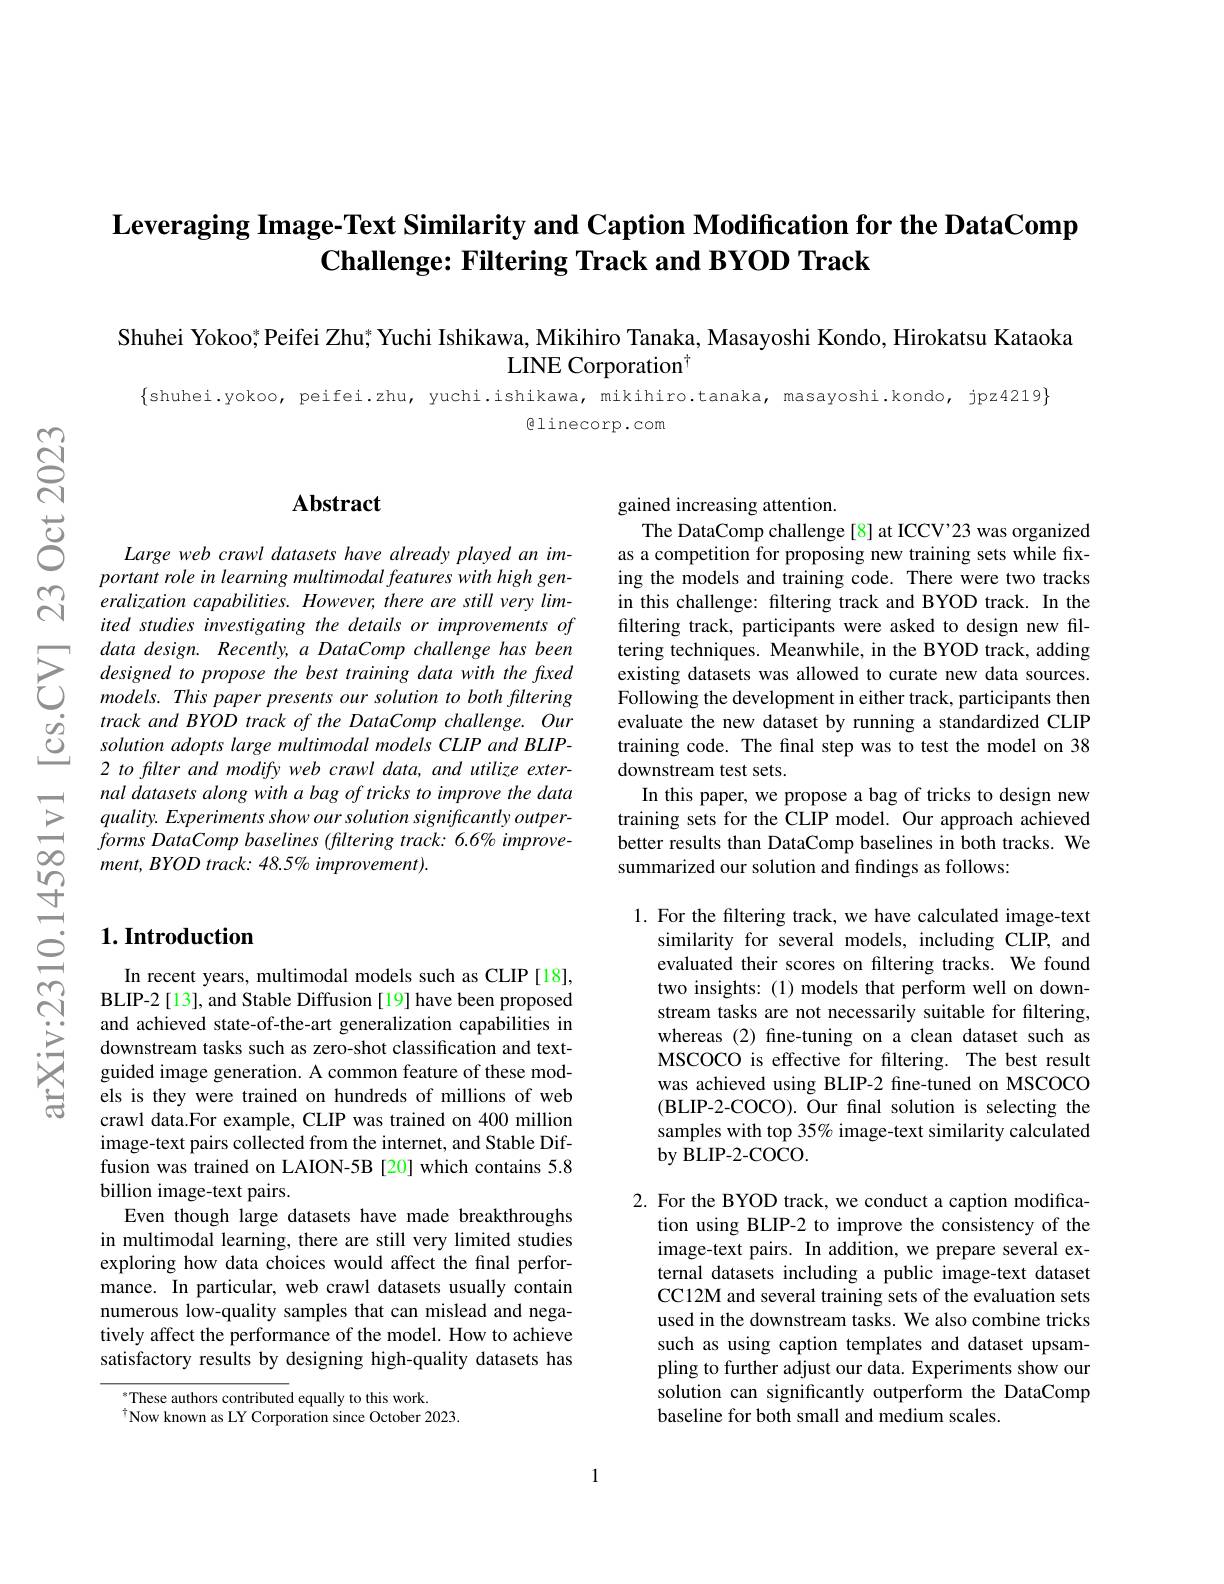
# Leveraging Image-Text Similarity and Caption Modification for the DataComp Challenge: Filtering Track and BYOD Track

Shuhei Yokoo,$^*$Peifei Zhu; Yuchi Ishikawa, Mikihiro Tanaka, Masayoshi Kondo, Hirokatsu Kataoka
LINE Corporation$^{\mathrm{o}}$

$\{$shuhei.yokoo, peifei.zhu, yuchi.ishikawa, mikihiro.tanaka, masayoshi.kondo, jpz4219$\}$
$\textcircled{a}1$inecorp.com

## $1. \textbf{Introduction}$

In recent years, multimodal models such as CLIP[18], BLIP-2 [13], and Stable Diffusion [19] have been proposed and achieved state-of-the-art generalization capabilities in downstream tasks such as zero-shot classification and textguided image generation. A common feature of these models is they were trained on hundreds of millions of web crawl data.For example, CLIP was trained on 400 million image-text pairs collected from the internet, and Stable Diffusion was trained on LAION-5B [20] which contains 5.8 billion image-text pairs.
Even though large datasets have made breakthroughs in multimodal learning, there are still very limited studies exploring how data choices would affect the final performance. In particular, web crawl datasets usually contain numerous low-quality samples that can mislead and negatively affect the performance of the model. How to achieve satisfactory results by designing high-quality datasets has

These authors contributed equally to this work.
$^{\dagger}$Now known as LY Corporation since October 2023.

## Abstract

Large web crawl datasets have already played an important role in learning multimodal features with high generalization capabilities. However, there are still very limited studies imvestigating the details or improvements of
$\sum_{\begin{array}{ccc}&\text{data design. Recently, a DataComp challenge has been}\\&\text{designed to propose the best training data with the fixed}\\&\text{models. This paper presents our solution to both fltering}\end{array}}$ $\begin{array}{ccc}\dot{g}&track\:and\:BYOD\:track\:of\:the\:DataComp\:challenge.\:Our\\\dot{C}&solution\:adopts\:large\:multimodal\:models\:CLIP\:and\:BLIP-\end{array}$
2 to filter and modify web crawl data, and utilize external datasets along with a bag of tricks to improve the data $quality.Experimentsshowoursolutionsignificantlyoutper-$ $ment, BYOD\textit{ track: 48. 5\% improvement}) .$

gained increasing attention

The DataComp challenge[8] at ICCV'23 was organized as a competition for proposing new training sets while fixing the models and training code. There were two tracks in this challenge: filtering track and BYOD track. In the filtering track, participants were asked to design new filtering techniques. Meanwhile, in the BYOD track, adding existing datasets was allowed to curate new data sources. Following the development in either track, participants then evaluate the new dataset by running a standardized CLIP training code. The final step was to test the model on 38 downstream test sets.
In this paper, we propose a bag of tricks to design new training sets for the CLIP model. Our approach achieved better results than DataComp baselines in both tracks. We summarized our solution and findings as follows:

1. For the filtering track, we have calculated image-text
similarity for several models, including CLIP, and evaluated their scores on filtering tracks. We found two insights: (1) models that perform well on downstream tasks are not necessarily suitable for filtering, whereas (2) fine-tuning on a clean dataset such as MSCOCO is effective for filtering. The best result was achieved using BLIP-2 fine-tuned on MSCOCO (BLIP-2-COCO). Our final solution is selecting the samples with top 35% image-text similarity calculated by BLIP- 2- COCO.

2. For the BYOD track, we conduct a caption modifica-
tion using BLIP-2 to improve the consistency of the image-text pairs. In addition, we prepare several external datasets including a public image-text dataset CC12M and several training sets of the evaluation sets used in the downstream tasks. We also combine tricks such as using caption templates and dataset upsampling to further adjust our data. Experiments show our solution can significantly outperform the DataComp baseline for both small and medium scales.

1